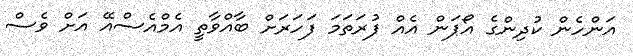
އަންހެން ކުދިންގެ އޯޕަން އެއް ފުރަތަމަ ފަހަރަށް ބާއްވާތީ އެމްއެސްއޭ އަށް ވެސް